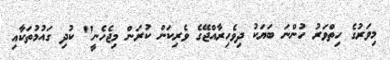
މިވަރުގެ ހިތްވަރު ހުންނަ ބަޔަކު ދިވެހިރާއްޖޭގެ ވެރިކަން ކުރަން މިޖެހެނީ" ކުދި ގައުމުތަކާއި